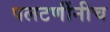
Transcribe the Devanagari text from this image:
पलटणींनीच